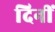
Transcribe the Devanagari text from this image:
दिनीं